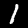
Digit: 1